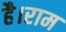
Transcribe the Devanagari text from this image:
है।राम